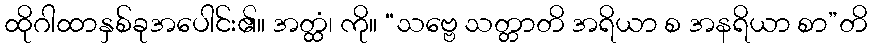
ထိုဂါထာနှစ်ခုအပေါင်း၏။ အတ္ထံ၊ ကို။ “သဗ္ဗေ သတ္တာတိ အရိယာ စ အနရိယာ စာ”တိ